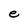
Character: e